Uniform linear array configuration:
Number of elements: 32
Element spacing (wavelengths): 1
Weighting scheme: kaiser
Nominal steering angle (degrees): -60
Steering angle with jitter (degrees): -58.159
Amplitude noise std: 0.05
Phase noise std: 0.05

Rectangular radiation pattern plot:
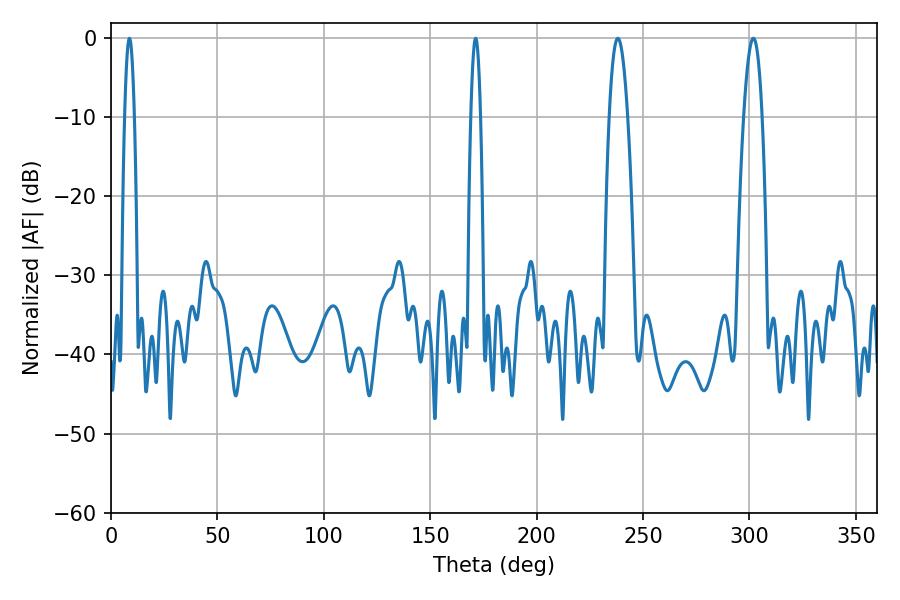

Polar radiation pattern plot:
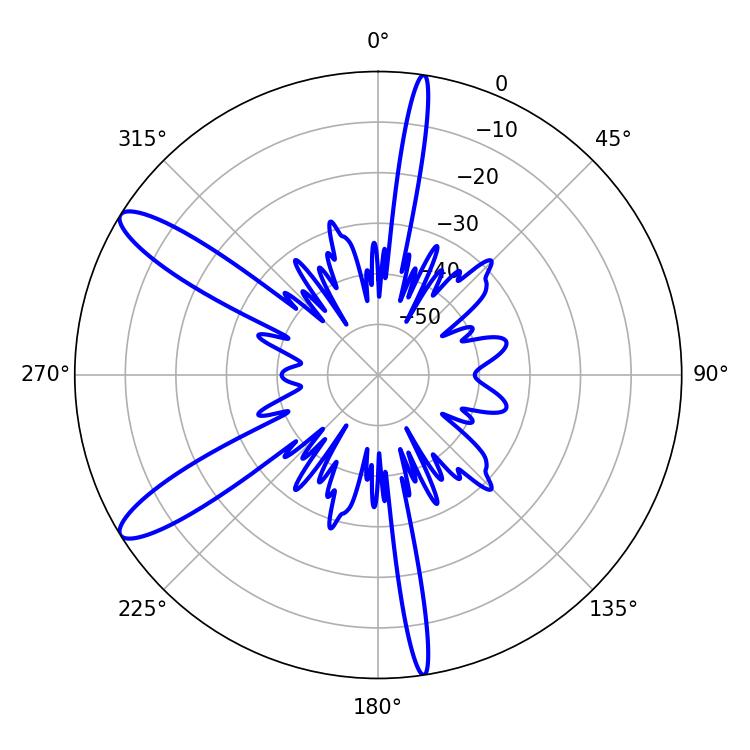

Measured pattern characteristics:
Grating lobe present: TRUE
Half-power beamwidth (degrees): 4.86
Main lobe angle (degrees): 238.14